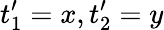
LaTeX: t_{1}^{\prime}=x,t_{2}^{\prime}=y